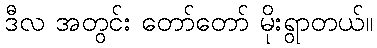
ဒီလ အတွင်း တော်တော် မိုးရွာတယ်။